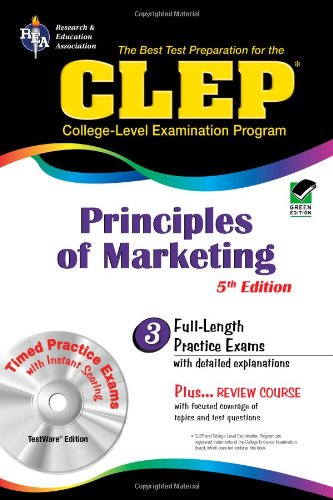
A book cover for CLEP Principles of Marketing w/ CD-ROM (CLEP Test Preparation); James E. Finch; Test Preparation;